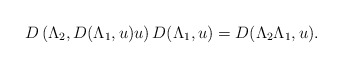
\begin{align*}D\left(\Lambda_2, D(\Lambda_1, u) u\right)D(\Lambda_1, u) = D(\Lambda_2 \Lambda_1, u).\end{align*}